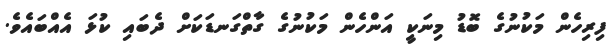
ފިރިހެން މަކުނުގެ ބޮޑު މިނަކީ އަންހެން މަކުނުގެ ގާތްގަނޑަކަށް ދެބައި ކުޅަ އެއްބައެވެ.